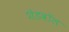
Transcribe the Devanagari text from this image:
शेडवॉल